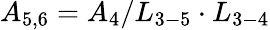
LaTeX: {A_{5,6}}={A_{4}}/{L_{3-5}}\cdot{L_{3-4}}